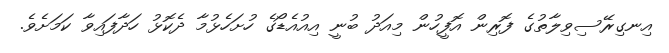
އިނގިރޭސިވިލާތުގެ ފޮރިން އޮފީހުން މިއަދު ބުނީ އިއުއެޑޯގެ ހުށަހެޅުމާ ދެކޮޅު ހަދާފައިވާ ކަމަށެވެ.